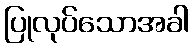
ပြုလုပ်သောအခါ